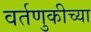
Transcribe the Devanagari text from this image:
वर्तणुकीच्या